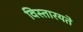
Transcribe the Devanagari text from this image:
विस्तारयते